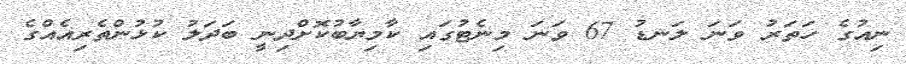
ނިއުގެ ހަތަރު ވަނަ ލަނޑު 67 ވަނަ މިނެޓުގައި ކާމިޔާބުކޮށްދިނީ ބަދަލު ކުޅުންތެރިއެއްގެ